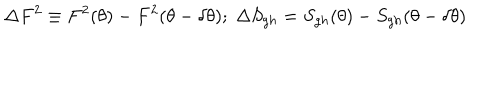
\Delta F ^ { 2 } \equiv F ^ { 2 } ( \theta ) - F ^ { 2 } ( \theta - \delta \theta ) ; \; \Delta S _ { g h } = S _ { g h } ( \theta ) - S _ { g h } ( \theta - \delta \theta )